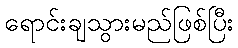
ရောင်းချသွားမည်ဖြစ်ပြီး